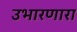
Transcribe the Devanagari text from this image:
उभारणारा